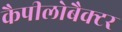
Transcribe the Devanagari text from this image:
कैपीलोबैक्टर